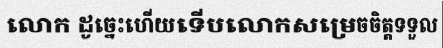
លោក ដូច្នេះហើយទើបលោកសម្រេចចិត្តទទួល